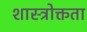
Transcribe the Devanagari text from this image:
शास्त्रोक्तता